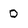
Character: D